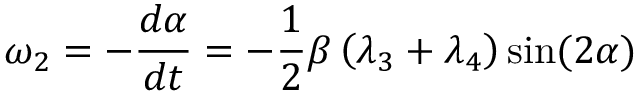
\omega _ { 2 } = - \frac { d \alpha } { d t } = - \frac { 1 } { 2 } \beta \left( \lambda _ { 3 } + \lambda _ { 4 } \right) \sin ( { 2 \alpha } )